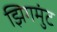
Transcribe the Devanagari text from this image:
झिगमुंट